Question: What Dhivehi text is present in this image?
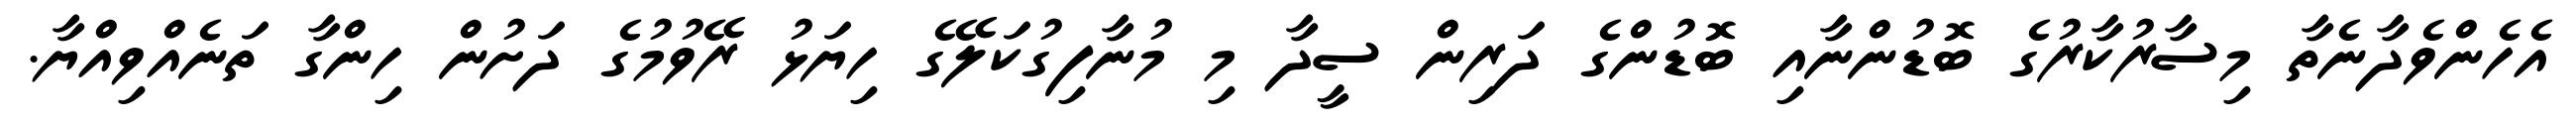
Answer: އެހެންވެދާނެތާ މިސާރުކާރުގެ ބޮޑުންނާއި ބޮޑުންގެ ދަރިން ސީދާ މި މުނާފިގުކަލޭގެ ހިޔަޅު ރޭވުމުގެ ދަށުން ހިންގާ ތަނެއްވިއްޔާ.